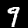
Digit: 9